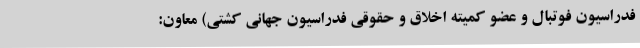
فدراسیون فوتبال و عضو کمیته اخلاق و حقوقی فدراسیون جهانی کشتی) معاون: